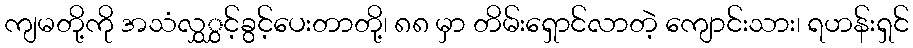
ကျမတို့ကို အသံလွှွှင့်ခွင့်ပေးတာတို့၊ ၈၈ မှာ တိမ်းရှောင်လာတဲ့ ကျောင်းသား၊ ရဟန်းရှင်